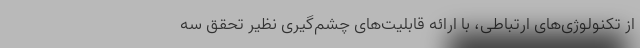
از تکنولوژی‌های ارتباطی، با ارائه قابلیت‌های چشم‌گیری نظیر تحقق سه